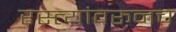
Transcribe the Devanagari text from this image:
रस्त्यांवरूनच